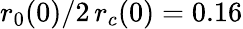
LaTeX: r_{0}(0)/2\, r_{c}(0)=0.16